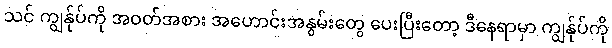
သင် ကျွန်ုပ်ကို အဝတ်အစား အဟောင်းအနွမ်းတွေ ပေးပြီးတော့ ဒီနေရာမှာ ကျွန်ုပ်ကို